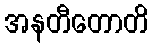
အနတီတောတိ